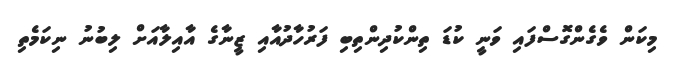
މިކަން ވެގެންގޮސްފައި ވަނީ ކުޑަ ތިންކުދިންތިބި ފަރުހާދުއާއި ޒީނާގެ އާއިލާއަށް ލިބުނު ނިކަމެތި